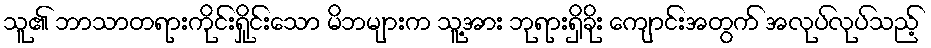
သူ၏ ဘာသာတရားကိုင်းရှိုင်းသော မိဘများက သူ့အား ဘုရားရှိခိုး ကျောင်းအတွက် အလုပ်လုပ်သည့်